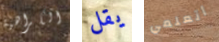
الكراهية يقل أتعلمي